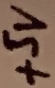
Text: +5V